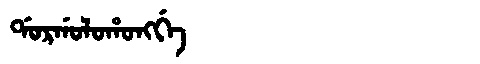
Manchu: ᡩᠣᡵᡤᠣᠯᠣᡥᠣᠩᡤᡝ
Romanization: DORGOLOHONGGE